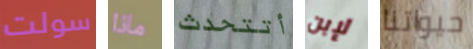
سولت ماذا أتتحدث لإبن حيواتنا